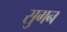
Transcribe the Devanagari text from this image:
सुगन